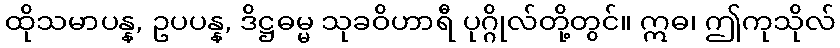
ထိုသမာပန္န, ဥပပန္န, ဒိဋ္ဌဓမ္မ သုခဝိဟာရီ ပုဂ္ဂိုလ်တို့တွင်။ ဣဓ၊ ဤကုသိုလ်